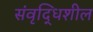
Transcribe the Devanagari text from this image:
संवृद्धिशील